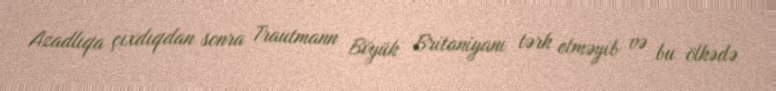
Azadlıqa çıxdıqdan sonra Trautmann Böyük Britaniyanı tərk etməyib və bu ölkədə